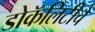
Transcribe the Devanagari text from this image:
डोकॅलिटीचे